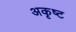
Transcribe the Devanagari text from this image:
अकृष्ट